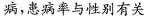
病，患病率与性别有关